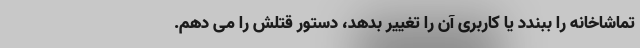
تماشاخانه را ببندد یا کاربری آن را تغییر بدهد، دستور قتلش را می دهم.